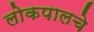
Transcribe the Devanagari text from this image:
लोकपालचे